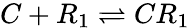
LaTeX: C+R_{1}\stackrel{}{\rightleftharpoons}CR_{1}